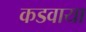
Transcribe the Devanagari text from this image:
कडवाया